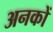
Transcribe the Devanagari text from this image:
अनकों